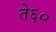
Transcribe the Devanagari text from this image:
ते६०